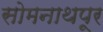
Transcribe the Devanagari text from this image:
सोमनाथपूर